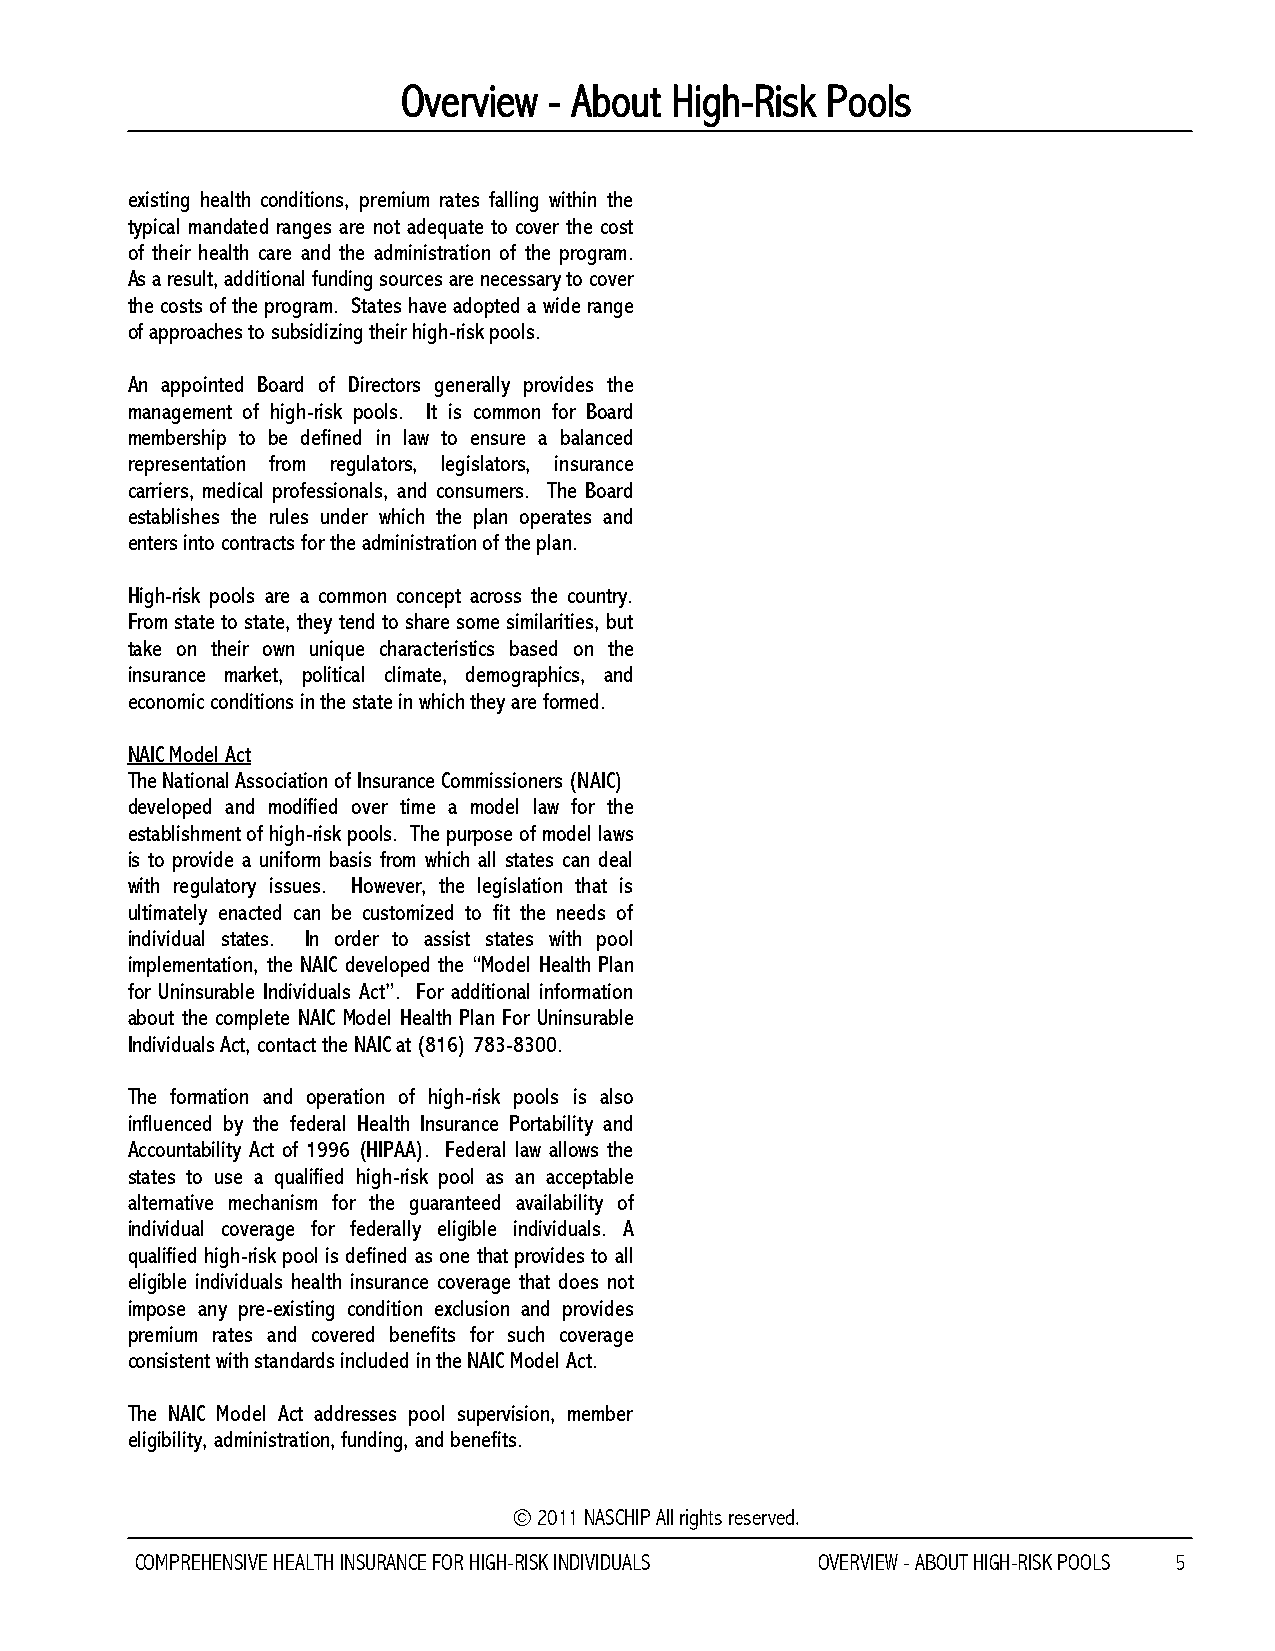
Overview - About High-Risk  Pools
 existing health conditions, premium rates falling within the
 typical mandated ranges are not adequate to cover the cost
 of their health care and the administration of the program.
 As a result, additional funding sources are necessary to cover
 the costs of the program. States have adopted a wide range
 of approaches to subsidizing their high-risk pools.
 An appointed Board of Directors generally provides the
 management of high-risk pools. It is common for Board
 membership to be defined in law to ensure a balanced
 representation from regulators, legislators, insurance
 carriers, medical professionals, and consumers. The Board
 establishes the rules under which the plan operates and
 enters into contracts for the administration of the plan.
 High-risk pools are a common concept across the country.
 From state to state, they tend to share some similarities, but
 take on their own unique characteristics based on the
 insurance market, political climate, demographics, and
 economic conditions in the state in which they are formed.
 NAIC Model Act
 The National Association of Insurance Commissioners (NAIC)
 developed and modified over time a model law for the
 establishment of high-risk pools. The purpose of model laws
 is to provide a uniform basis from which all states can deal
 with regulatory issues. However, the legislation that is
 ultimately enacted can be customized to fit the needs of
 individual states. In order to assist states with pool
 implementation, the NAIC developed the “Model Health Plan
 for Uninsurable Individuals Act”. For additional information
 about the complete NAIC Model Health Plan For Uninsurable
 Individuals Act, contact the NAIC at (816) 783-8300.
 The formation and operation of high-risk pools is also
 influenced by the federal Health Insurance Portability and
 Accountability Act of 1996 (HIPAA). Federal law allows the
 states to use a qualified high-risk pool as an acceptable
 alternative mechanism for the guaranteed availability of
 individual coverage for federally eligible individuals. A
 qualified high-risk pool is defined as one that provides to all
 eligible individuals health insurance coverage that does not
 impose any pre-existing condition exclusion and provides
 premium rates and covered benefits for such coverage
 consistent with standards included in the NAIC Model Act.
 The NAIC Model Act addresses pool supervision, member
 eligibility, administration, funding, and benefits.
 © 2011 NASCHIP All rights reserved.
 COMPREHENSIVE HEALTH INSURANCE FOR HIGH-RISK INDIVIDUALS OVERVIEW - ABOUT HIGH-RISK POOLS 5